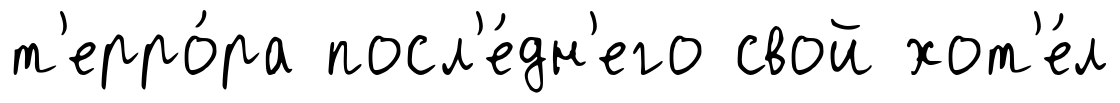
т'ерро́ра посл'е́дн'его свой хот'е́л